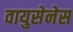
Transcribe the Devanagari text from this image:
वायुसेनेस